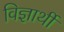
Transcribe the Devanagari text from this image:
विज्ञार्थी